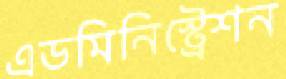
এডমিনিস্ট্রেশন